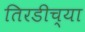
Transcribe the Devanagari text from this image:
तिरडीच्या